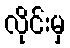
လိုင်းမှ